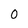
Character: 0